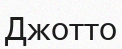
Джотто